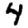
Digit: 4